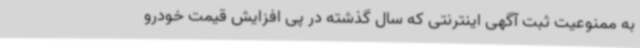
به ممنوعیت ثبت آگهی اینترنتی که سال گذشته در پی افزایش قیمت خودرو